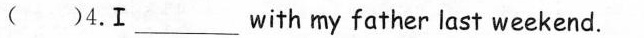
( ）4.I \underline with my father last weekend.